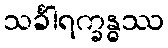
သင်္ခါရက္ခန္ဓဿ